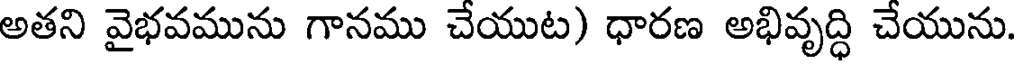
అతని వైభవమును గానము చేయుట) ధారణ అభివృద్ధి చేయును.